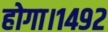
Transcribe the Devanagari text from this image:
होगा।१४९२